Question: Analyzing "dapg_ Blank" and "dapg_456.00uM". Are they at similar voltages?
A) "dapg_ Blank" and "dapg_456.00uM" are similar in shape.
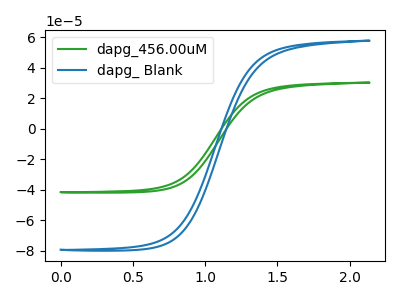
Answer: <think>The green curve "dapg_456.00uM" has no peaks. The blue curve "dapg_ Blank" has no peaks.
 Neither "dapg_ Blank" or "dapg_456.00uM" have any peaks.</think>
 <answer>A) "dapg_ Blank" and "dapg_456.00uM" are similar in shape.</answer>
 <eval>A</eval>